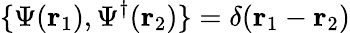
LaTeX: \{ \Psi(\mathbf{r}_{1}),\Psi^{\dagger}(\mathbf{r}_{2})\} =\delta(\mathbf{r}_{1}-\mathbf{r}_{2})